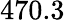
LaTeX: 470.3